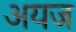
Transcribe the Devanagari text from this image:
अयज